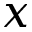
x